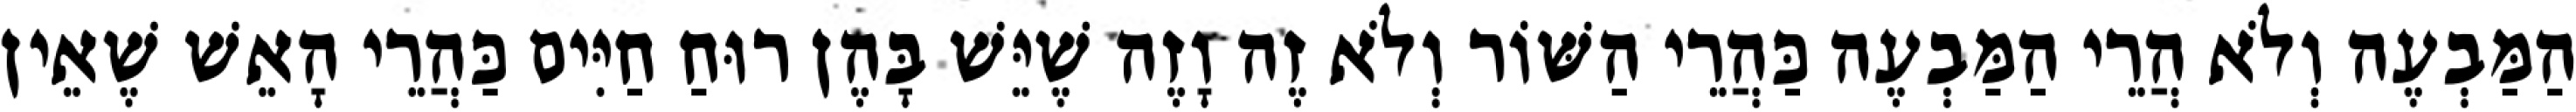
הַמַּבְעֶה וְלֹא הֲרֵי הַמַּבְעֶה כַּהֲרֵי הַשּׁוֹר וְלֹא זֶה וָזֶה שֶׁיֵּשׁ בָּהֶן רוּחַ חַיִּים כַּהֲרֵי הָאֵשׁ שֶׁאֵין